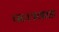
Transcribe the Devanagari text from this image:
पल्लकड